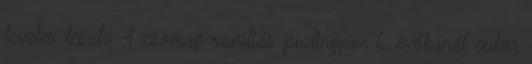
leveles tészta 4 csomag vaníliás pudingpor 6 evőkanál cukor